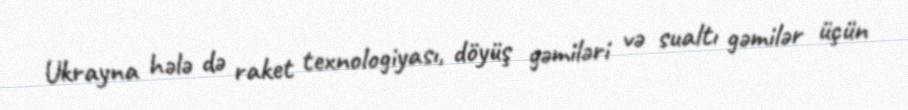
Ukrayna hələ də raket texnologiyası, döyüş gəmiləri və sualtı gəmilər üçün